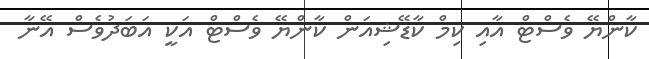
ކާންޔޭ ވެސްޓް އާއި ކިމް ކާޑޭޝިއަން ކާންޔޭ ވެސްޓް އަކީ އަބަދުވެސް އޭނާ